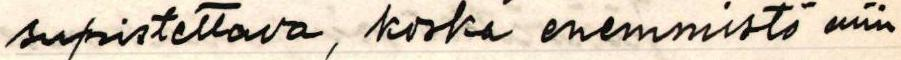
supistettava, koska enemmistö niin